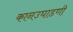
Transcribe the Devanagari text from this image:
कानउघाडणी